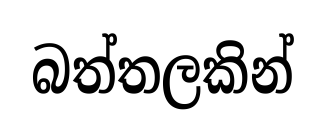
බත්තලකින්